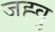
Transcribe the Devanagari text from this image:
जह्वु